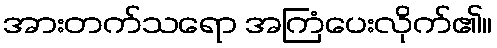
အားတက်သရော အကြံပေးလိုက်၏။